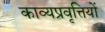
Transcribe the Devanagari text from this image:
काव्यप्रवृत्तियों